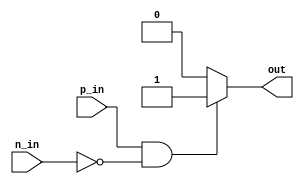
module differential_buffer (
    input wire p_in,
    input wire n_in,
    output reg out
);

always @ (p_in or n_in)
begin
    if (p_in == 1 && n_in == 0) begin
        out <= 1'b1;
    end else begin
        out <= 1'b0;
    end
end

endmodule